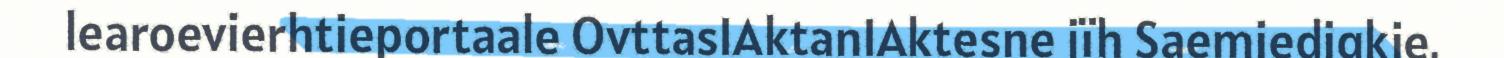
learoevierhtieportaale OvttasIAktanIAktesne jïh Saemiedigkie,